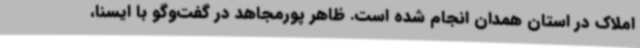
املاک در استان همدان انجام شده است. ظاهر پورمجاهد در گفت‌وگو با ایسنا،